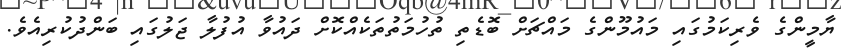
ޔާމީންގެ ވެރިކަމުގައި މައުމޫންގެ މައްޗަށް ބޮޑެތި ތުހުމަތުތަކެއްކޮށް ދައުވާ އުފުލާ ޖަލުގައި ބަންދުކުރިއެވެ.